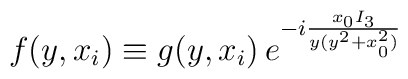
f(y,x_i)\equiv g(y,x_i)\, e^{ -i \frac{x_0 I_3 }{y (y^2 + x_0^2)}}